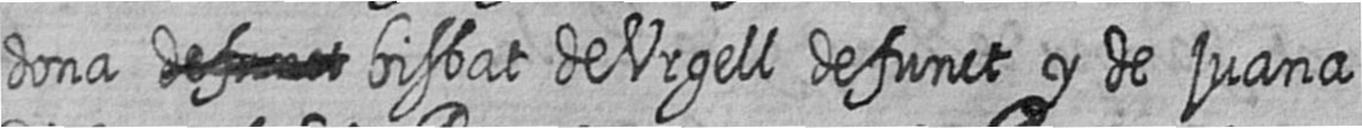
dona # bisbat de Urgell defunct y de juana